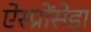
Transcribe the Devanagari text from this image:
ऐस्प्रोंसेडा